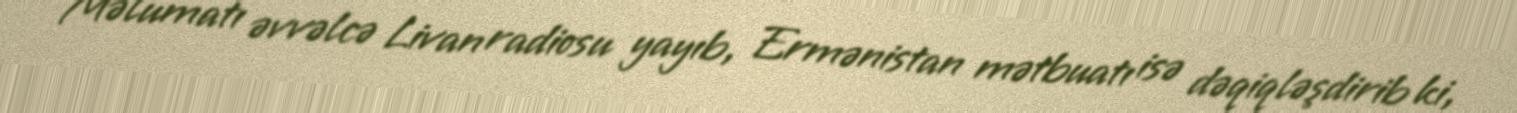
Məlumatı əvvəlcə Livan radiosu yayıb, Ermənistan mətbuatı isə dəqiqləşdirib ki,